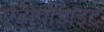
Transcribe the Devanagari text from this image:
एंडोपोडाइट